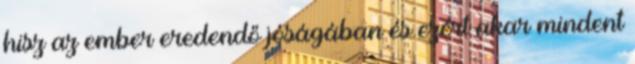
hisz az ember eredendő jóságában és ezért akar mindent